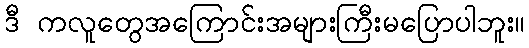
ဒီ ကလူတွေအကြောင်းအများကြီးမပြောပါဘူး။